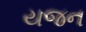
યજન